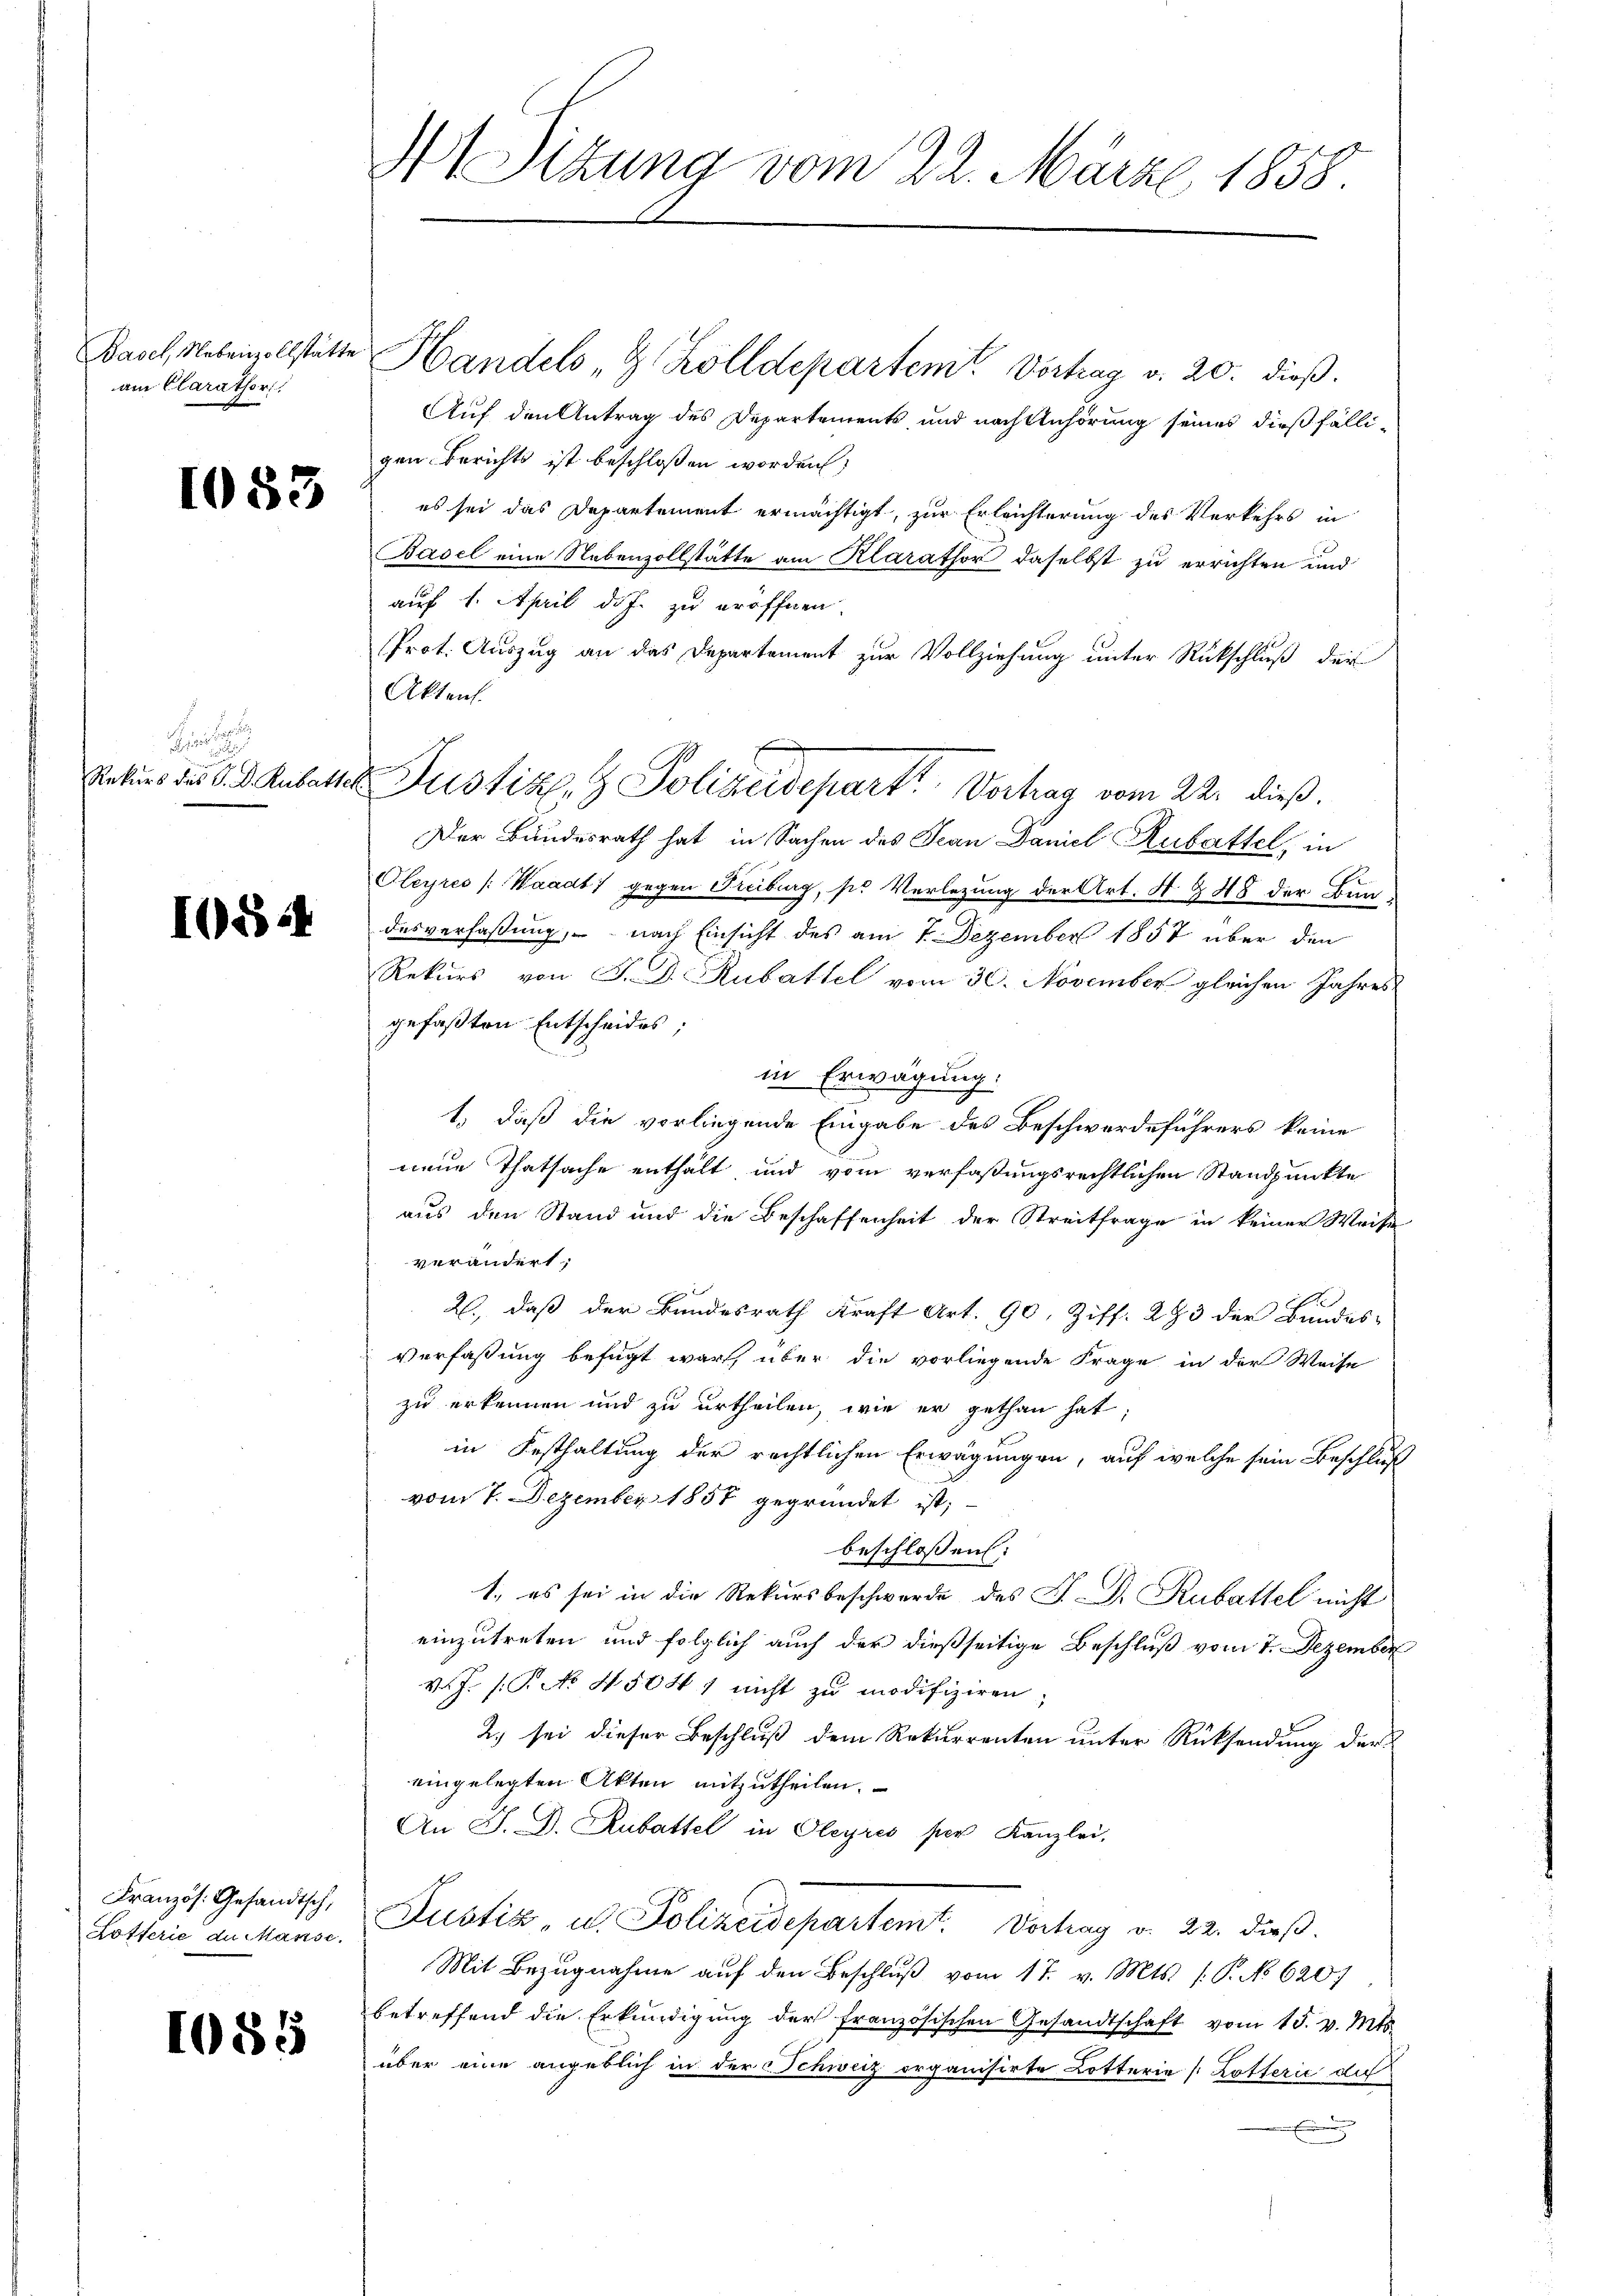
Basel, Nebenzollstätte
am Clarator

1083

e
Rekurs des S. D. Rubatt

10824

Französ. Gesandtsch,
Lotterie du anse.

1085

N Sitzung vom 22. März 1858.

Handels " G. Kölldepartem Vortrag v. 20. dieß.
Auf den Antrag des Departements und nach Anhörung seines dießfälligen Berichts ist beschloßen worden,
es sei das Departement ermächtigt, zur Erleichterung des Verkehrs in
Basel eine Nebenzollstätte am Klarator daselbst zu errichten und
auf 1. April d. J. zu eröffnen
Prot. Auszug an das Departement zur Vollziehung unter Rückschluß der
Akten.
Der Bundesrath hat in Sachen des Jean Daniel Rubattel in
Oleyres /: Waadt) gegen Fribourg, so Verletzung der Art. A § 48 der Bun
desverfaßung, nach Einsicht des am 1. Dezember 1857 über den
Rekurs von J. J. Rubattel vom 30. November gleichen Jahres
gefaßten Entscheides;
in Erwägung
t, daß die vorliegende Eingabe des Beschwerdeführers keine
neue Thatsache enthält und vom verfaßungsrechtlichen Standpunkte
aus den Stand und die Beschaffenheit der Streitfrage in keiner Weise
verändert,
2., daß der Bundesrath Kraft Art. 90, Ziff. 293 der Bundes-
Verfaßung befügt war, über die vorliegende Frage in der Weise
zu erkennen und zu urtheilen, wie er gethan hat,
in Festhaltung der rechtlichen Erwägungen, auf welche sein Beschluß
vom 7. Dezember 1857 gegründet ist,
beschlossen:
1., es sei in die Rekursbeschwerde des J. D. Rubattel nicht
einzutreten und folglich auch der dießseitige Beschluß vom 7. Dezember
v.J. (T. No 45047 nicht zu modifiziren;
2.) sei dieser Beschluß dem Rekurrenten unter Rücksendung der
eingelegten Akten mitzutheilen.
An J. D. Rubattel in Oleyres per Kanzlei,
Justiz u. Polizeidepartemt. Vortrag v. 22. daβ
Mit Bezugnahme auf den Beschlŭβ vom 17. v. Mts. (: P. No 620.
betreffend die Erkundigung der französischen Gesandtschaft vom 15. v. Mts.
über eine angeblich in der Schweiz organisirte Lotterie [Lotterić die
E

Justiz- & Polizeideparte Verhag vom 22. dieß.